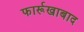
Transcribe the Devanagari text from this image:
फार्रूखाबाद